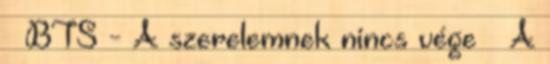
♥ BTS - A szerelemnek nincs vége ♥ A